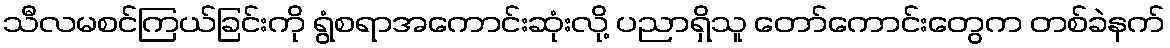
သီလမစင်ကြယ်ခြင်းကို ရွံစရာအကောင်းဆုံးလို့ ပညာရှိသူ တော်ကောင်းတွေက တစ်ခဲနက်